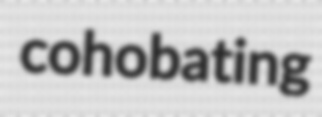
cohobating